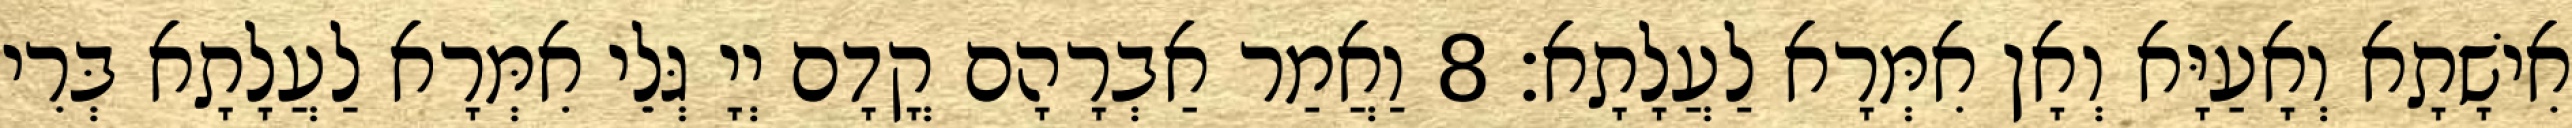
אִישָׁתָא וְאָעַיָּא וְאָן אִמְּרָא לַעֲלָתָא׃ 8 וַאֲמַר אַבְרָהָם קֳדָם יְיָ גְּלֵי אִמְּרָא לַעֲלָתָא בְּרִי